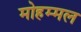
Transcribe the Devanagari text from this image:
मोहम्मल